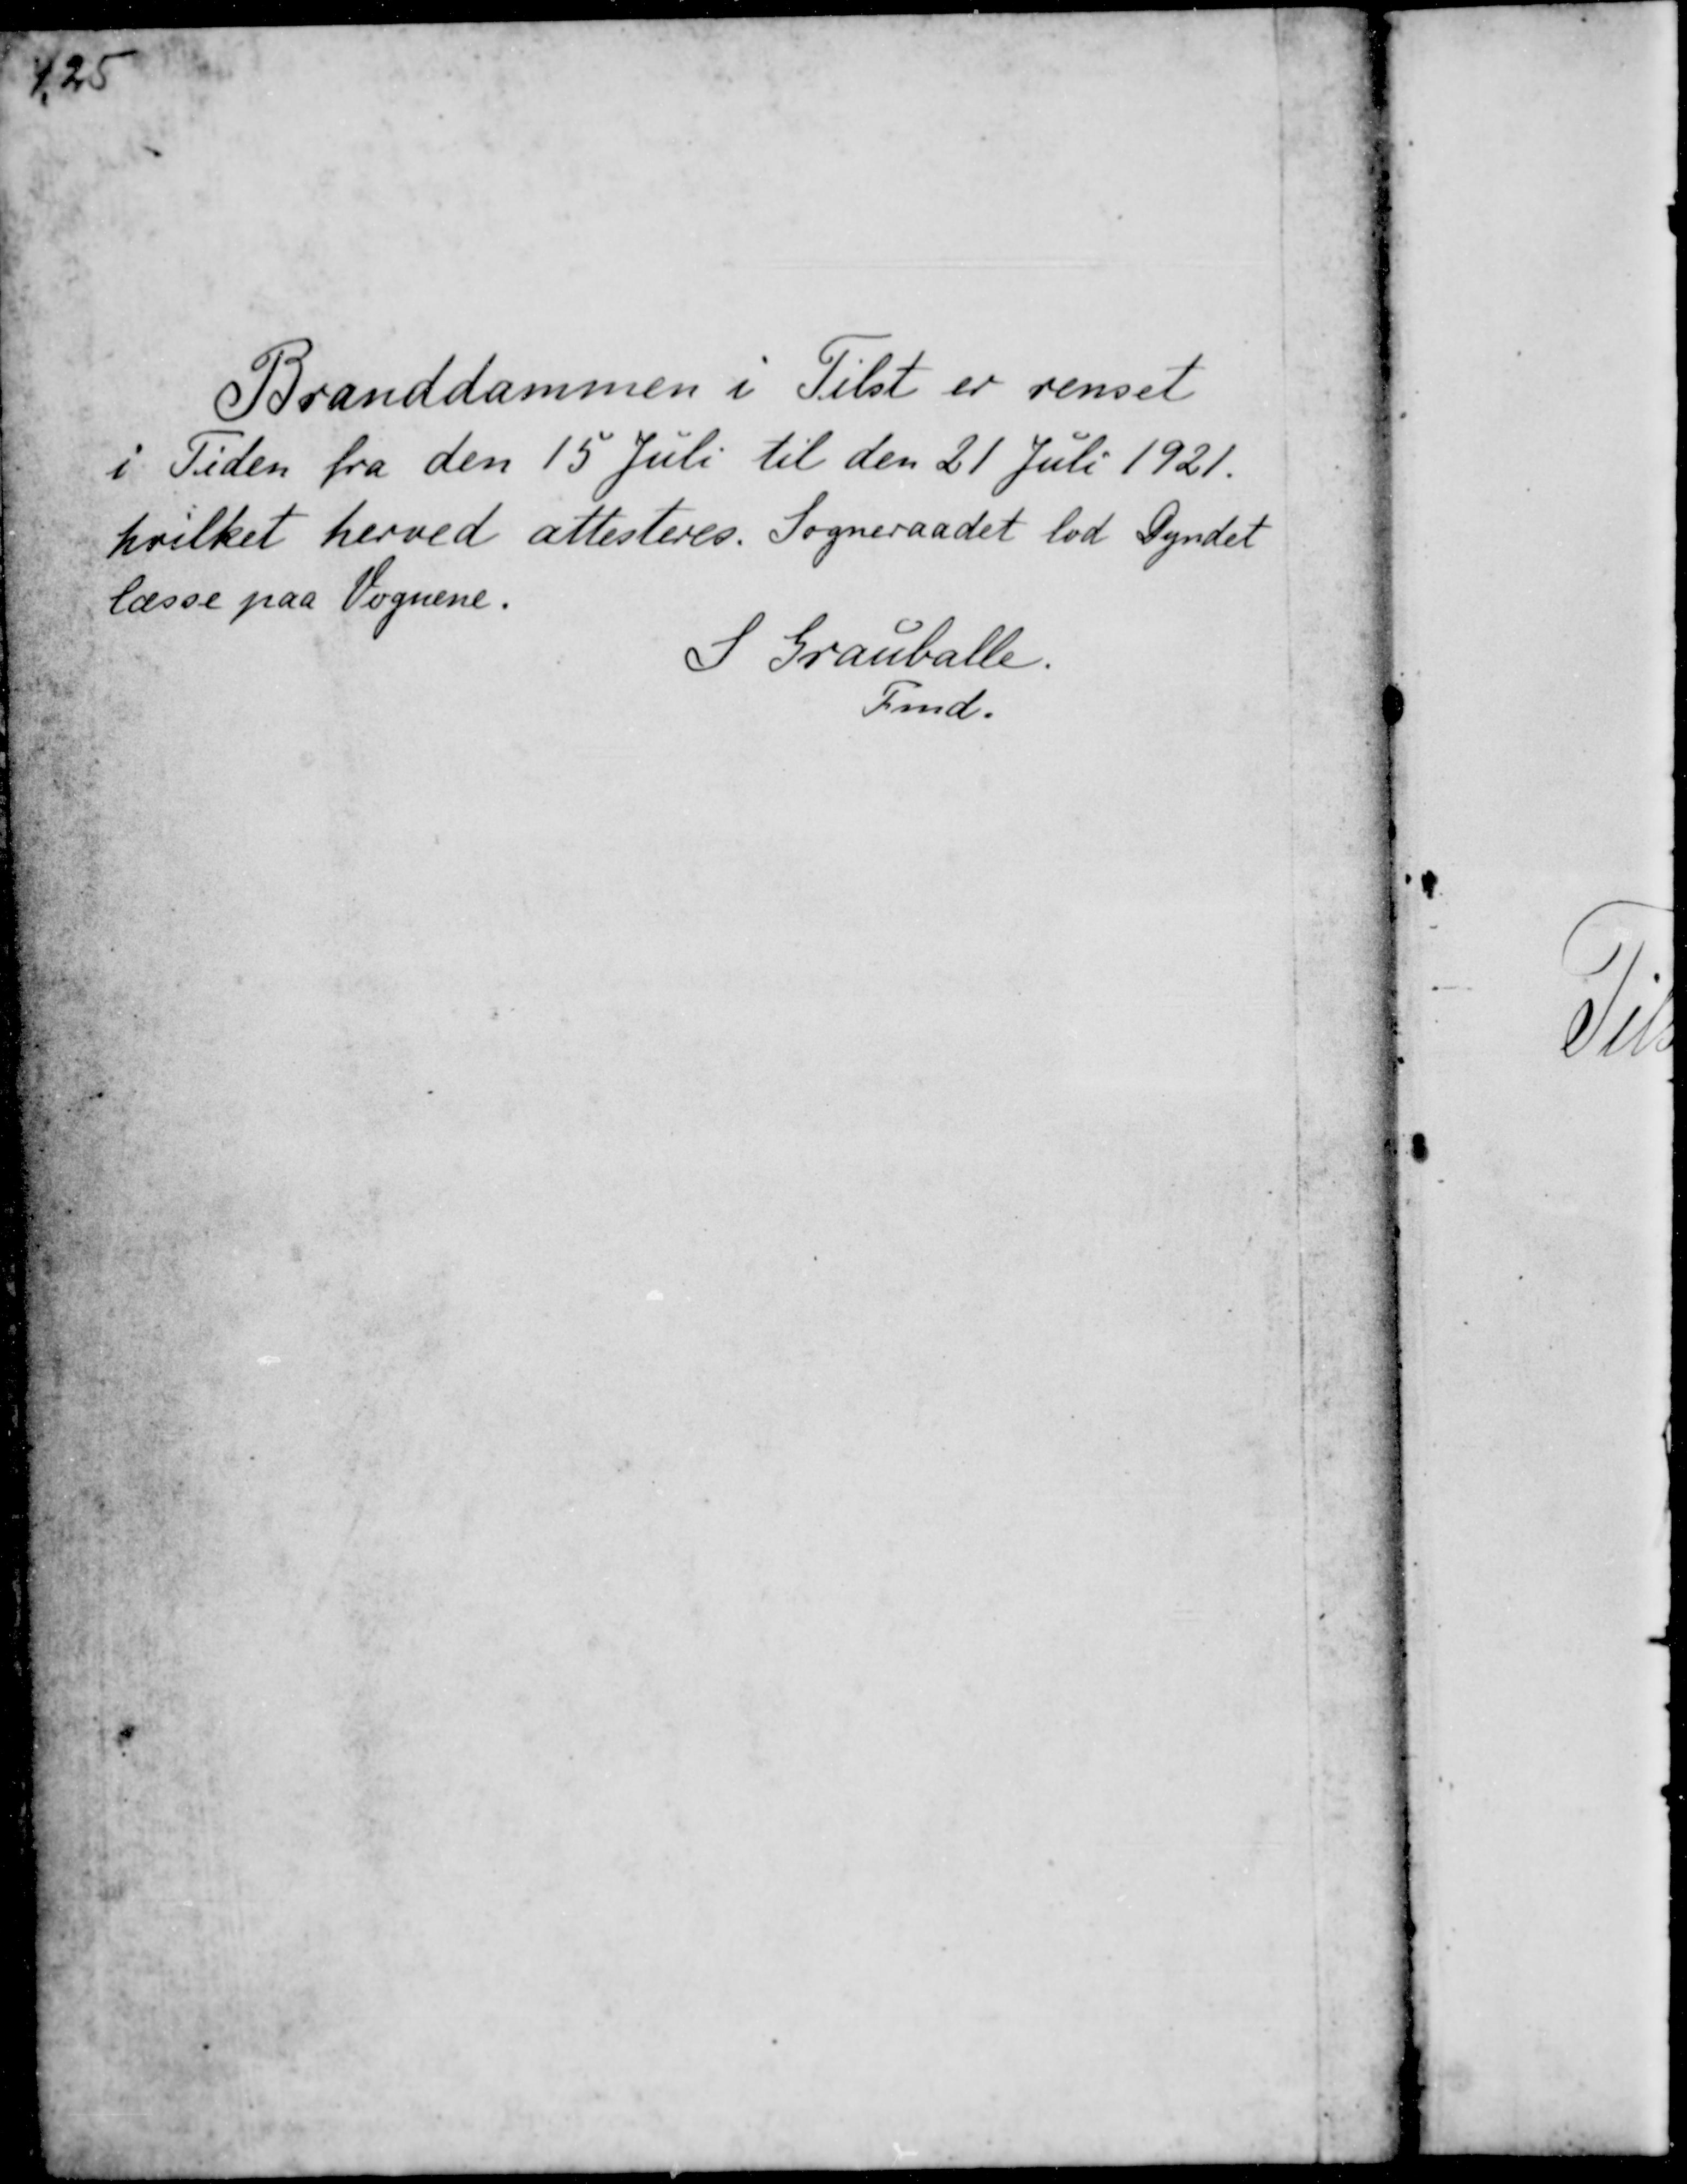
Transskription:
125

Branddammen i Tilst er renset
i Tiden fra den 15 Juli til den 21 Juli 1921.
hvilket herved attesteres. Sogneraadet lod Dyndet
læsse paa Vognene.
S Grauballe.
Fmd.